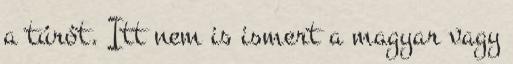
a túrót. Itt nem is ismert a magyar vagy